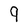
Character: 9